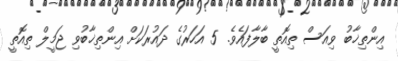
އިންތިޚާބު ވިއަސް ތިއޮތީ ބާލާފައެވެ. 5 އަހަރުގެ ދައުރަކަށް އިންތިޚާބުވި ޖަމީލް ތިއޮތީ